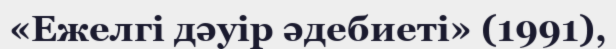
«Ежелгі дәуір әдебиеті» (1991),